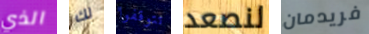
الذي لك تتوقفوا لنصعد فريدمان